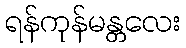
ရန်ကုန်မန္တလေး